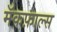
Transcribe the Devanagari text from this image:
मॅकफ़ाल्स